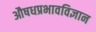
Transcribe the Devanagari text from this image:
औषधप्रभावविज्ञान